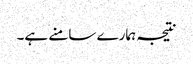
نتیجہ ہمارے سامنے ہے۔